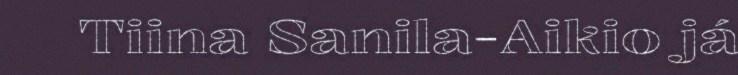
Tiina Sanila-Aikio já